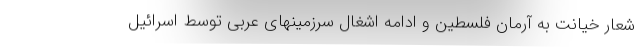
شعار خیانت به آرمان فلسطین و ادامه اشغال سرزمینهای عربی توسط اسرائیل